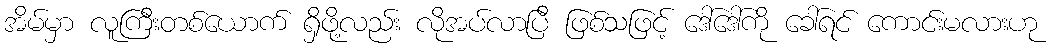
အိမ်မှာ လူကြီးတစ်ယောက် ရှိဖို့လည်း လိုအပ်လာပြီ ဖြစ်သဖြင့် ဒေါ်ဒေါ်ကို ခေါ်ရင် ကောင်းမလားဟု